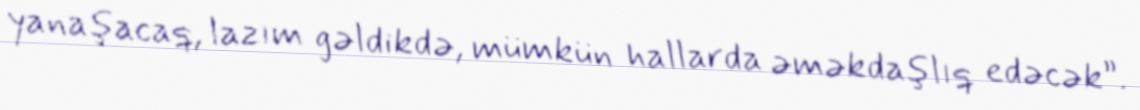
yanaşacaq, lazım gəldikdə, mümkün hallarda əməkdaşlıq edəcək”.